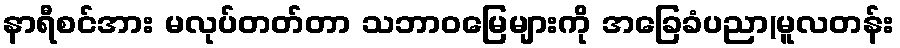
နာရီစင်အား မလုပ်တတ်တာ သဘာဝမြေများကို အခြေခံပညာ(မူလတန်း